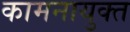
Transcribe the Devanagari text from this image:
कामनायुक्त